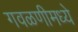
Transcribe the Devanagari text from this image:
गवळणीमध्ये